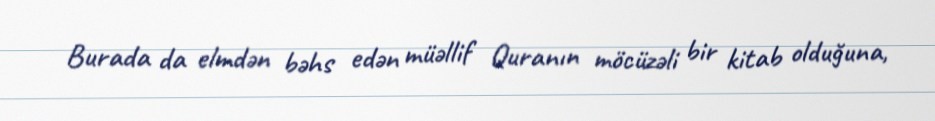
Burada da elmdən bəhs edən müəllif Quranın möcüzəli bir kitab olduğuna,